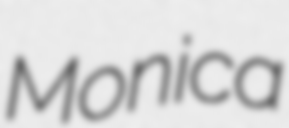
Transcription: Monica